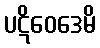
ပဋိဝေဒေမိ